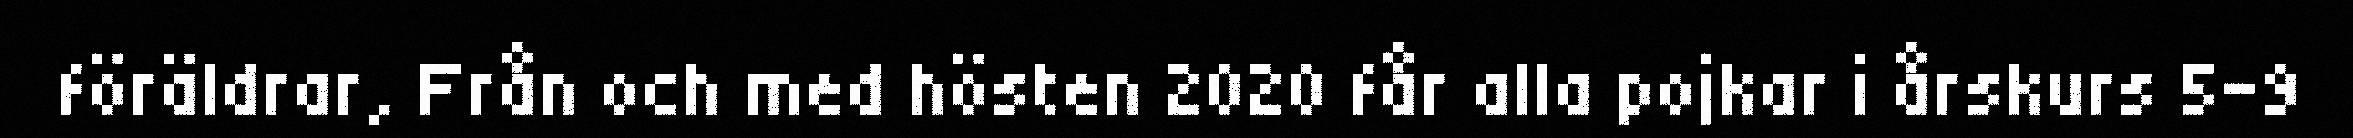
föräldrar, Från och med hösten 2020 får alla pojkar i årskurs 5–9